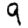
Digit: 9